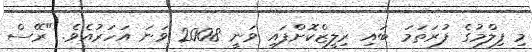
މި ފިލްމުގެ ފުރަތަމަ ބައި ރިލީޒްކޮށްފައި ވަނީ 2008 ވަނަ އަހަރުއެވެ. "ރޭސް